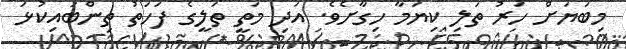
މިބަޔަށް ހަރު ތަލި ކިޔަމާ ހިގާށެވެ. އަދި މަތީ ތަލީގެ ފަހަތު ތިންބައިކުޅަ